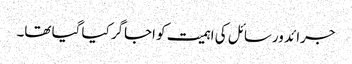
جرائد ورسائل کی اہمیت کو اجاگر کیا گیا تھا۔